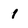
Character: i